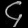
Digit: ၄